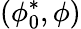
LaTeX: \left(\phi_{0}^{*},\phi\right)